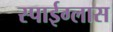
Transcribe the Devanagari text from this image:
स्पाईग्लास